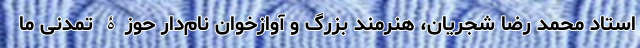
استاد محمد رضا شجریان، هنرمند بزرگ و آوازخوان نام‌دار حوزۀ تمدنی ما